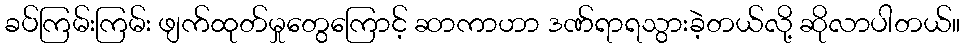
ခပ်ကြမ်းကြမ်း ဖျက်ထုတ်မှုတွေကြောင့် ဆာကာဟာ ဒဏ်ရာရသွားခဲ့တယ်လို့ ဆိုလာပါတယ်။